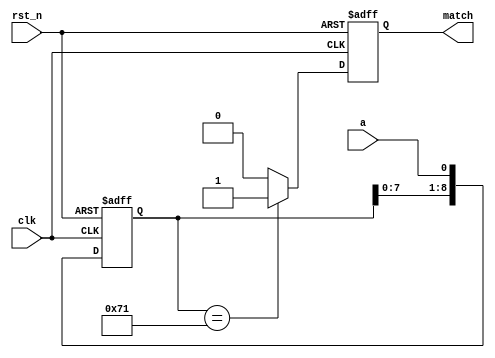
`timescale 1ns/1ns
module sequence_detect(
	input clk,
	input rst_n,
	input a,
	output reg match
	);

reg [8:0] tmp;
//
always @(posedge clk or negedge rst_n) begin
    if (!rst_n) begin
        tmp <= 0;
    end
    else  begin
        tmp <= {tmp[7:0],a};
    end
end


always @(posedge clk or negedge rst_n) begin
    if (!rst_n) begin
        match <= 0;
    end 
    else if (tmp == 9'b01110001) begin
        match <= 1;
    end
    else begin
        match <= 0;
    end
end
  
endmodule